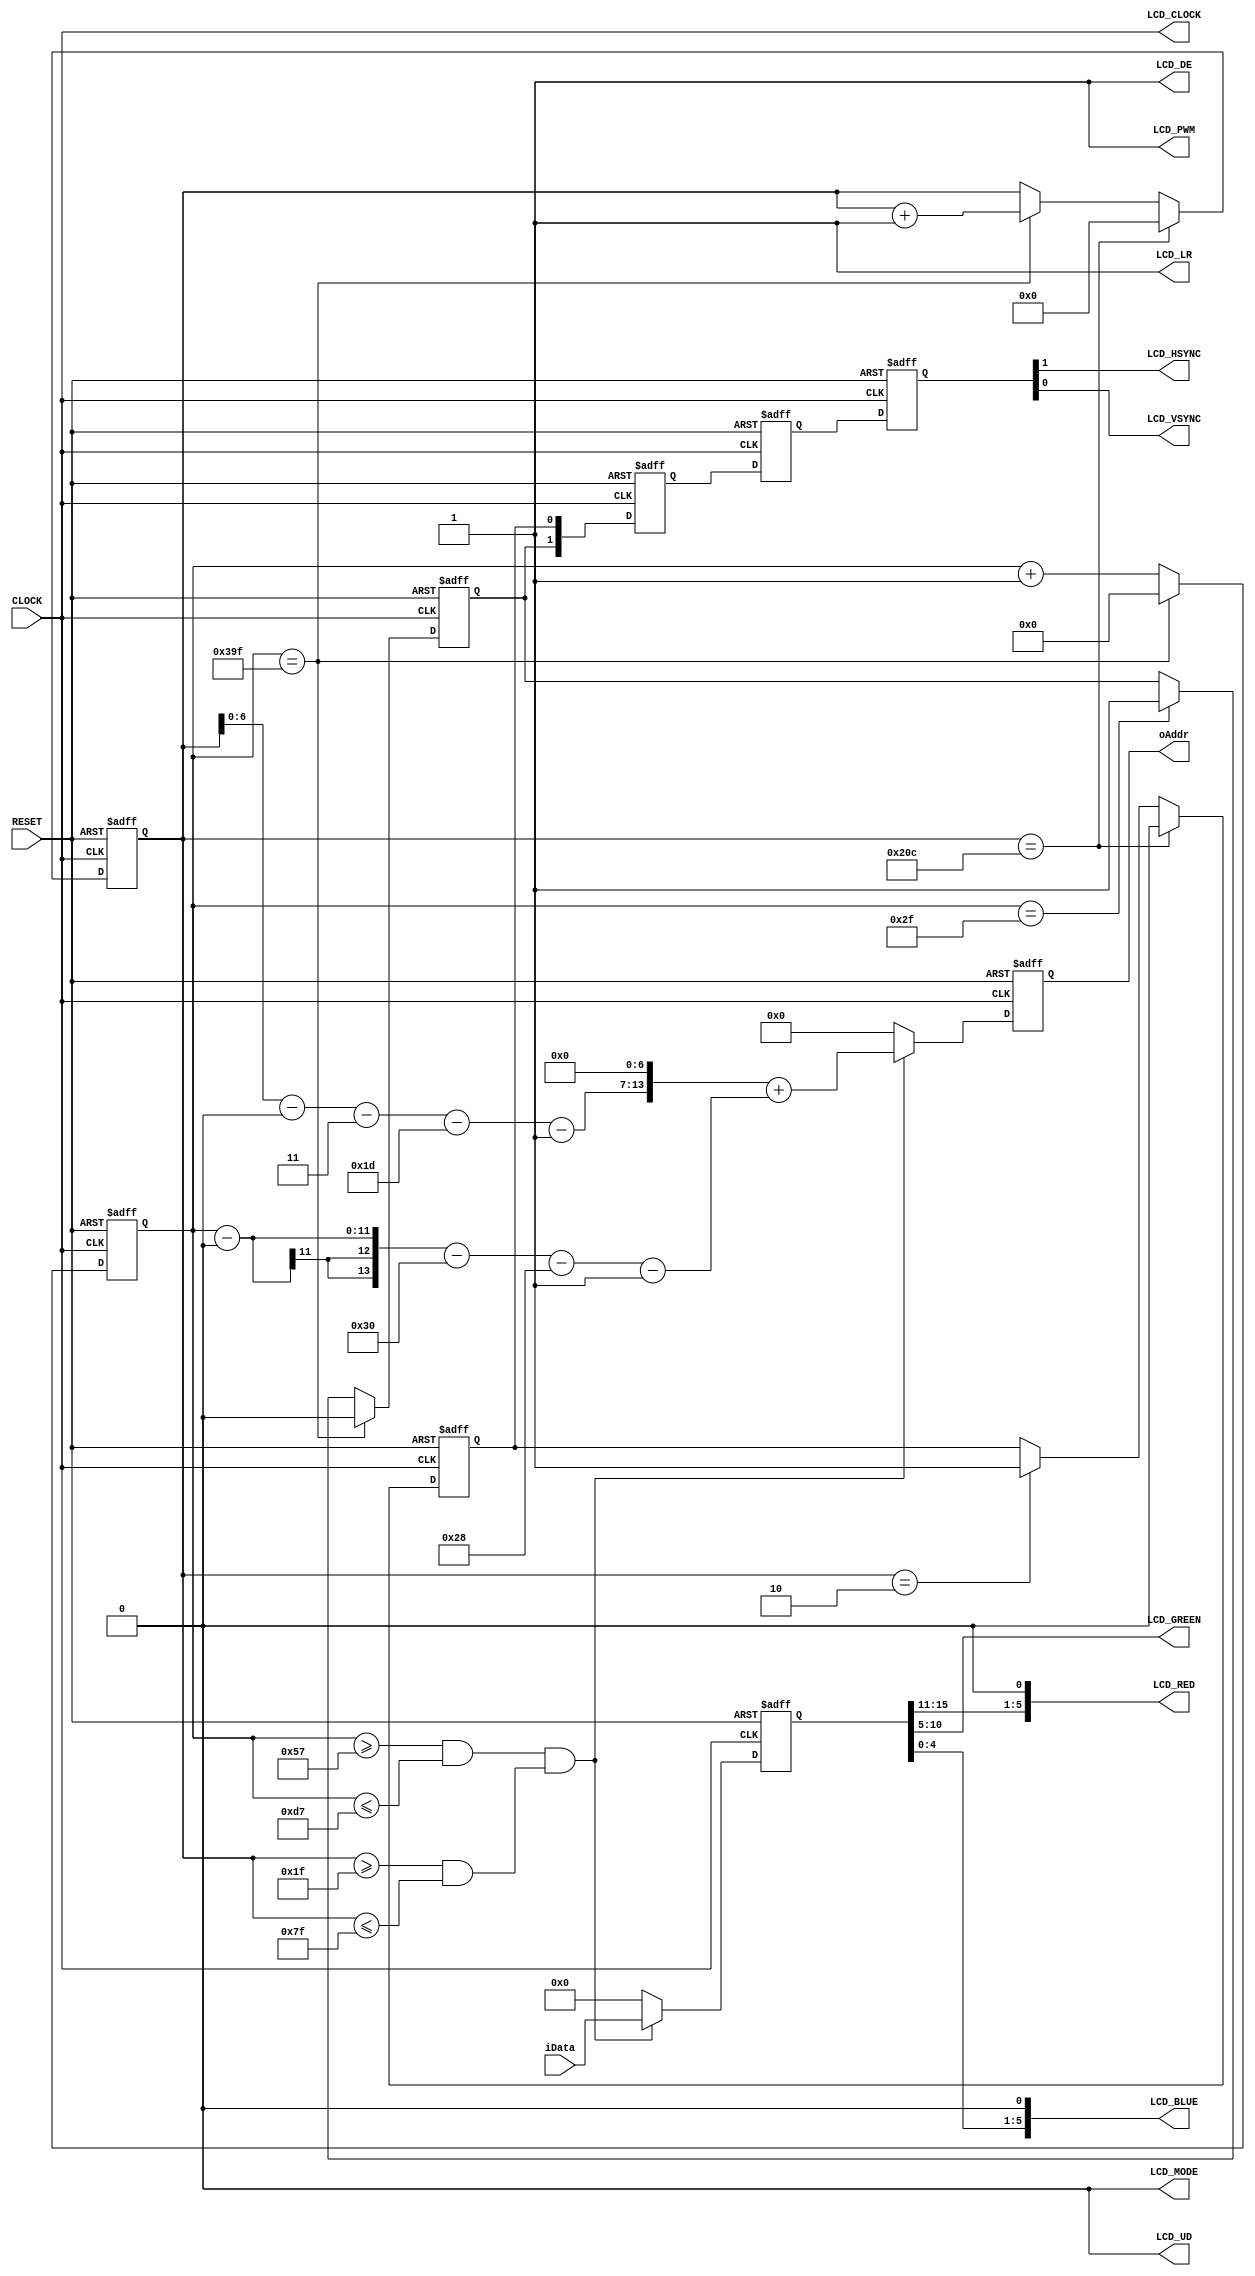
module lcd_funcmod 
(
    input CLOCK, RESET,
	 output LCD_CLOCK,
	 output LCD_HSYNC, LCD_VSYNC,
	 output [5:0]LCD_RED,LCD_GREEN,LCD_BLUE,
	 output LCD_DE,
	 output LCD_UD, LCD_LR,
	 output LCD_MODE,
	 output LCD_PWM,
	 output [13:0]oAddr,
	 input [15:0]iData
);
	 parameter SA = 11'd48, SB = 11'd40, SC = 11'd800, SD = 11'd40, SE = 11'd928;
	 parameter SO = 11'd3, SP = 11'd29, SQ = 11'd480, SR = 11'd13, SS = 11'd525;
	
	 reg [10:0]CH;
	 always @ ( posedge CLOCK or negedge RESET )
	    if( !RESET )
		     CH <= 11'd0;
		 else if( CH == SE -1 )
		     CH <= 11'd0;
		 else 
		     CH <= CH + 1'b1;
		
    reg [9:0]CV;		
	 always @ ( posedge CLOCK or negedge RESET )
	    if( !RESET )
		     CV <= 10'd0;
		 else if( CV == SS -1 )
		     CV <= 10'd0;
		 else if( CH == SE -1 )
		     CV <= CV + 1'b1;
			  
	 reg H;
	 always @ ( posedge CLOCK or negedge RESET )
	    if( !RESET )
		     H <= 1'b1;
		 else if( CH == SE -1 )
		     H <= 1'B0;
		 else if( CH == SA -1 )
		     H <= 1'b1;
			  
	 reg V;
	 always @ ( posedge CLOCK or negedge RESET )
	    if( !RESET )
		     V <= 1'b1;
		 else if( CV == SS -1 )
		     V <= 1'b0;
		 else if( CV == SO -1 )
		     V <= 1'b1;
	 
	 parameter XSIZE = 8'd128, YSIZE = 8'd96, XOFF = 10'd0, YOFF = 10'd0; 
    
	 wire isX = ( (CH >= SA + SB + XOFF -1 ) && ( CH <= SA + SB + XOFF + XSIZE -1) );
	 wire isY = ( (CV >= SO + SP + YOFF -1 ) && ( CV <= SO + SP + YOFF + YSIZE -1) );
	 wire isReady = isX & isY;
	 
	 wire [31:0] x = CH - XOFF - SA - SB -1; 
	 wire [31:0] y = CV - YOFF - SO - SP -1;
	 
	 reg [31:0]D1;
	 reg [15:0]D2;
	 
     always @ ( posedge CLOCK or negedge RESET )
	     if( !RESET )
		      begin
				    D1 <= 18'd0;
				    D2 <= 16'd0;
				end
			else
			   begin
				
				    // step 1 : compute data address and index-n
					 if( isReady )
					     D1 <= (y << 7) + x; 
					 else
					     D1 <= 14'd0;
					 
					 // step 2 : reading data from rom
					 // but do-nothing
					 
					 // step 3 : assign RGB_Sig
					 D2 <= isReady ? iData : 16'd0;
					 
				end
				
	 reg [1:0]B1,B2,B3;
	 
    always @ ( posedge CLOCK or negedge RESET )
	     if( !RESET )
		      {  B3, B2, B1 } <= 6'b11_11_11;
		  else
		      begin
				    B1 <= { H,V };
				    B2 <= B1;
					 B3 <= B2;
				end	
    
	assign LCD_CLOCK = CLOCK;
	assign { LCD_HSYNC, LCD_VSYNC } = B3;
   assign LCD_RED = { D2[15:11],1'b0};
	assign LCD_GREEN = D2[10:5];
	assign LCD_BLUE = { D2[4:0],1'b0};
	assign LCD_DE = 1'b1;
	assign {LCD_LR, LCD_UD} = 2'b10;
	assign LCD_MODE = 1'b0;
	assign LCD_PWM = 1'b1;
	assign oAddr = D1[13:0];
	 
endmodule